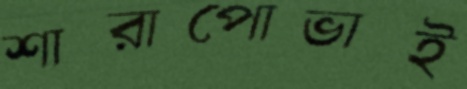
শারাপোভাই